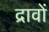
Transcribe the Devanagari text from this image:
द्रावों